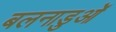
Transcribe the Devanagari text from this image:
बलनाडुओं